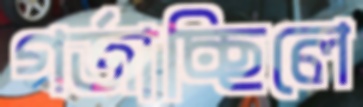
গর্জাচ্ছিলে